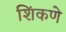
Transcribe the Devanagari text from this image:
शिंकणे